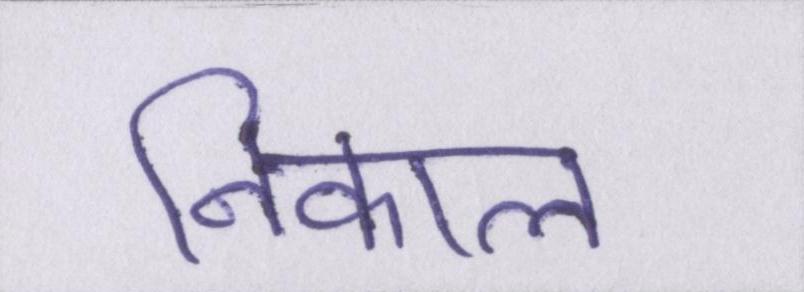
निकाल